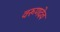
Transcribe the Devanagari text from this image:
वरूणदेव